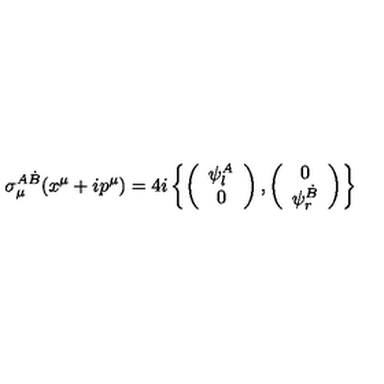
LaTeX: \sigma _ { \mu } ^ { A \dot { B } } ( x ^ { \mu } + i p ^ { \mu } ) = 4 i \left\{ \left( \begin{array} { c } { \psi _ { l } ^ { A } } \\ { 0 } \\ \end{array} \right) , \left( \begin{array} { c } { 0 } \\ { \psi _ { r } ^ { \dot { B } } } \\ \end{array} \right) \right\}